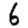
Digit: 6